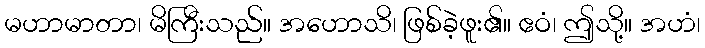
မဟာမာတာ၊ မိကြီးသည်။ အဟောသိ၊ ဖြစ်ခဲ့ဖူး၏။ ဧဝံ၊ ဤသို့။ အဟံ၊